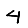
Digit: 4